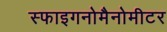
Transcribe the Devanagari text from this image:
स्फाइगनोमैनोमीटर